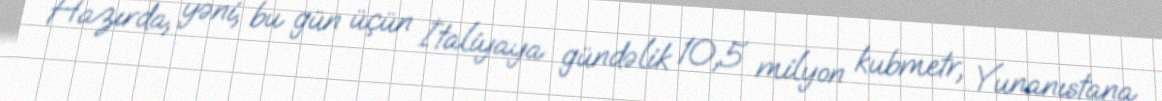
Hazırda, yəni, bu gün üçün İtaliyaya gündəlik 10,5 milyon kubmetr, Yunanıstana